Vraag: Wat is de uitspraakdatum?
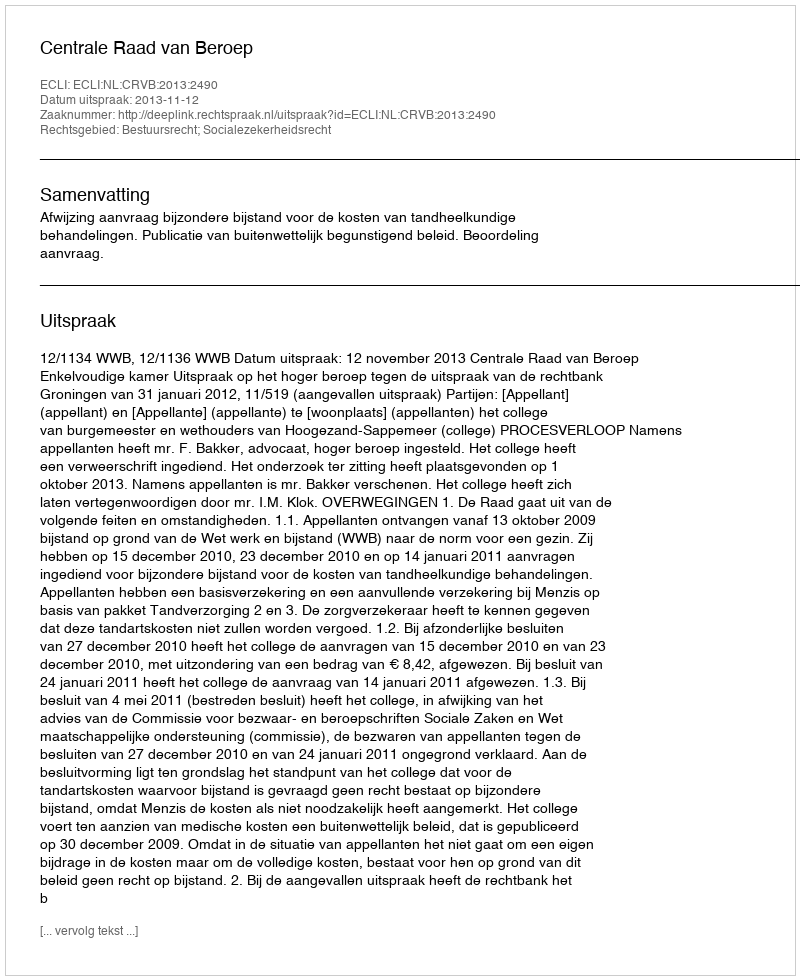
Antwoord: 2013-11-12